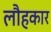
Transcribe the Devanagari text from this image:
लौहकार